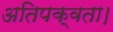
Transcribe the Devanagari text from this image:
अतिपक्वता।